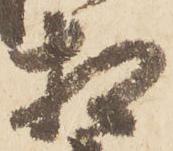
相